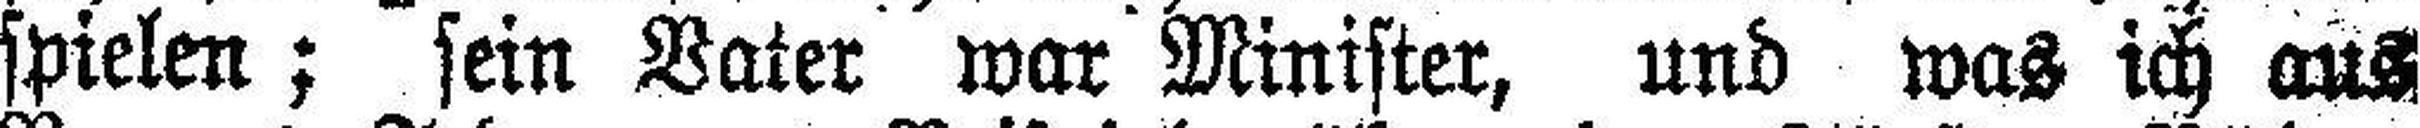
spielen; sein Vater war Minister, und was ich aus